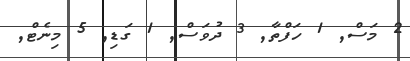
2 މަސް